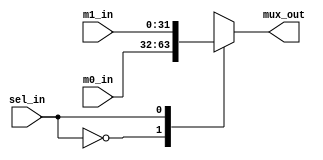
`timescale 1ns/1ns

module mux2(mux_out,m0_in,m1_in,sel_in);
   parameter width=32;
   
   output [width-1:0] mux_out; //
   input  [width-1:0] m0_in;    //0
   input  [width-1:0] m1_in;    //1
   input  sel_in;               //

   reg    [width-1:0]  mux_out;
     
   always @(*)
      begin
	case(sel_in)
	'b0:mux_out = m0_in;
	'b1:mux_out = m1_in;
	default: 
	       mux_out = 'd0;
	endcase
      end
endmodule